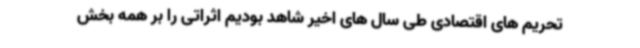
تحریم های اقتصادی طی سال های اخیر شاهد بودیم اثراتی را بر همه بخش